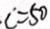
c = 5 0